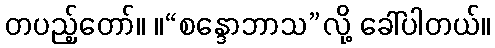
တပည့်တော်။ ။“စန္ဒောဘာသ”လို့ ခေါ်ပါတယ်။